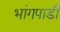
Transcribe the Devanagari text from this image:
भांगपाडी